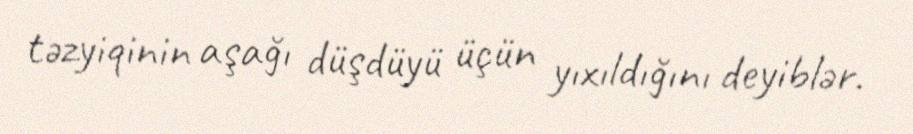
təzyiqinin aşağı düşdüyü üçün yıxıldığını deyiblər.